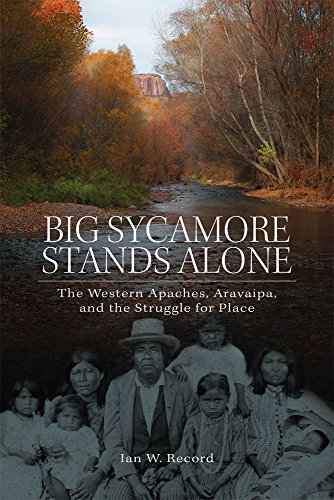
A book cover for Big Sycamore Stands Alone: The Western Apaches, Aravaipa, and the Struggle for Place (New Directions in Native American Studies series); Ian W. Record; Biographies & Memoirs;